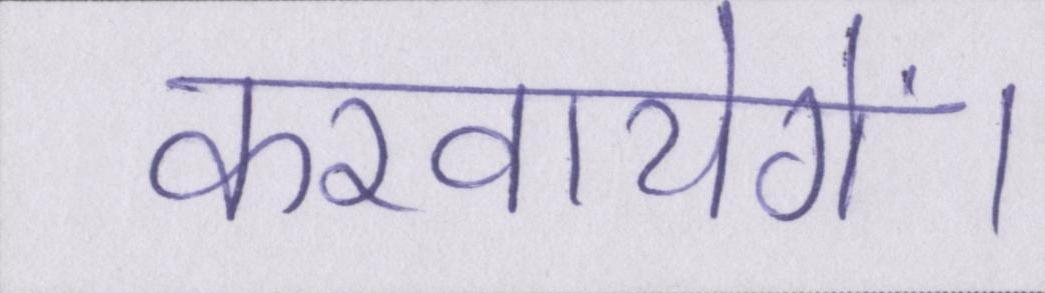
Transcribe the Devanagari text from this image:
करवायेगें।